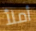
أملأ